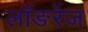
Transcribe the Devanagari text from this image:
लॉङरेंज